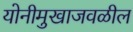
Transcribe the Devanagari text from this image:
योनीमुखाजवळील